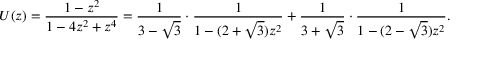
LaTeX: U ( z ) = { \frac { 1 - z ^ { 2 } } { 1 - 4 z ^ { 2 } + z ^ { 4 } } } = { \frac { 1 } { 3 - { \sqrt { 3 } } } } \cdot { \frac { 1 } { 1 - ( 2 + { \sqrt { 3 } } ) z ^ { 2 } } } + { \frac { 1 } { 3 + { \sqrt { 3 } } } } \cdot { \frac { 1 } { 1 - ( 2 - { \sqrt { 3 } } ) z ^ { 2 } } } .